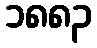
၁၈၈၃